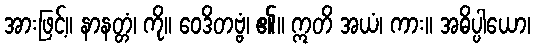
အားဖြင့်။ နာနတ္တံ၊ ကို။ ဝေဒိတဗ္ဗံ၊ ၏။ ဣတိ အယံ၊ ကား။ အဓိပ္ပါယော၊